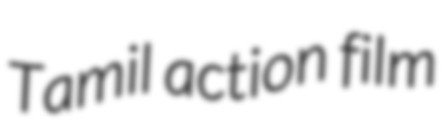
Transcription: Tamil action film